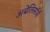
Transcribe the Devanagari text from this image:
अबेलिसॉर्स